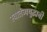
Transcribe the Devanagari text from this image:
स्वातंत्र्ययुद्धाची